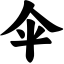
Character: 伞